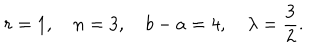
LaTeX: r = 1 , \quad n = 3 , \quad b - a = 4 , \quad \lambda = \frac { 3 } { 2 } .